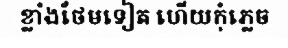
ខ្លាំងថែមទៀត ហើយកុំភ្លេច